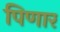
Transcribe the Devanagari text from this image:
पिणार